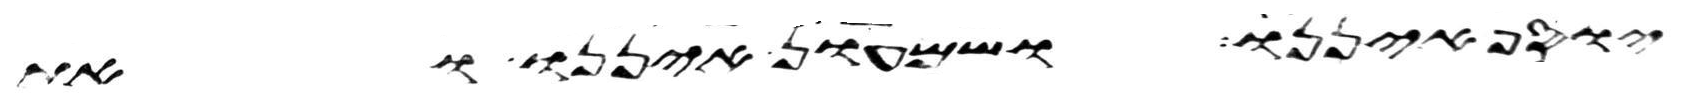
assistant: יוסף איננו ושמעון איננו ואת